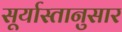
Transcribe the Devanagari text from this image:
सूर्यास्तानुसार